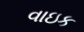
વાઇક